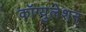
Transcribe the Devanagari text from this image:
कॉग्युलेशन